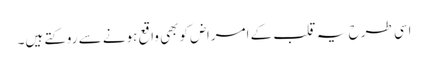
اسی طرح یہ قلب کے امراض کوبھی واقع ہونے سے روکتے ہیں۔